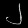
Digit: ၂